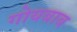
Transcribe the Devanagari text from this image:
गोयबाब